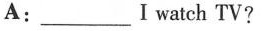
A:_Iwatch TV?